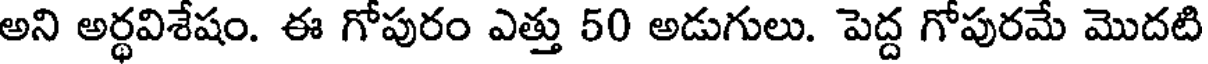
అని అర్థవిశేషం. ఈ గోపురం ఎత్తు 50 అడుగులు. పెద్ద గోపురమే మొదటి